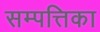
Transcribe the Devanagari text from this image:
सम्पत्तिका